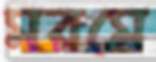
মরমে